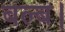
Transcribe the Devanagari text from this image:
बल्ब।